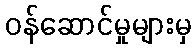
ဝန်ဆောင်မှုများမှ